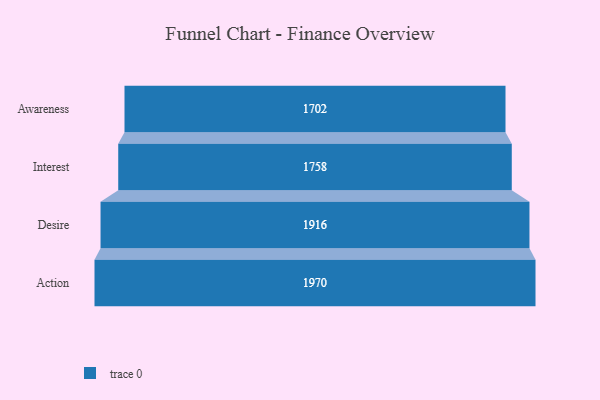
{"axis": {"x": "Stage", "y": "Value"}, "legend": [""], "data": [{"x": "Awareness", "y": 1702.0, "type": ""}, {"x": "Interest", "y": 1758.0, "type": ""}, {"x": "Desire", "y": 1916.0, "type": ""}, {"x": "Action", "y": 1970.0, "type": ""}]}